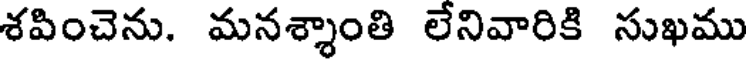
శపించెను. మనశ్శాంతి లేనివారికి సుఖము